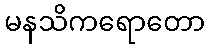
မနသိကရောတော